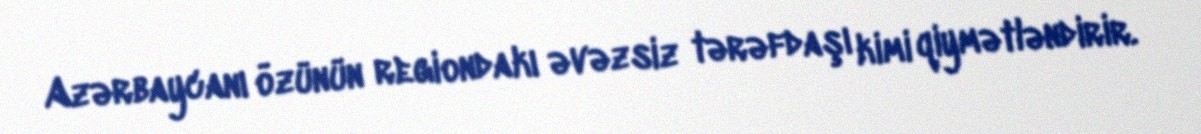
Azərbaycanı özünün regiondakı əvəzsiz tərəfdaşı kimi qiymətləndirir.